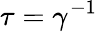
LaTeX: \tau=\gamma^{-1}